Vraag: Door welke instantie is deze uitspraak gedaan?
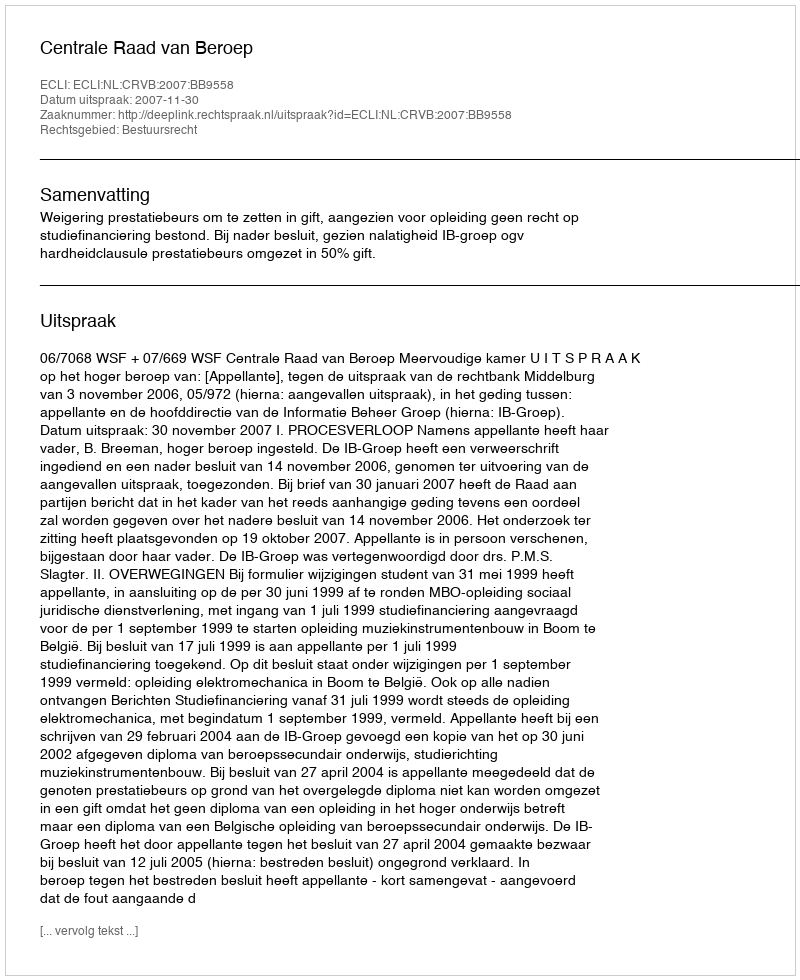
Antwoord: Centrale Raad van Beroep